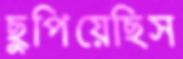
ছুপিয়েছিস